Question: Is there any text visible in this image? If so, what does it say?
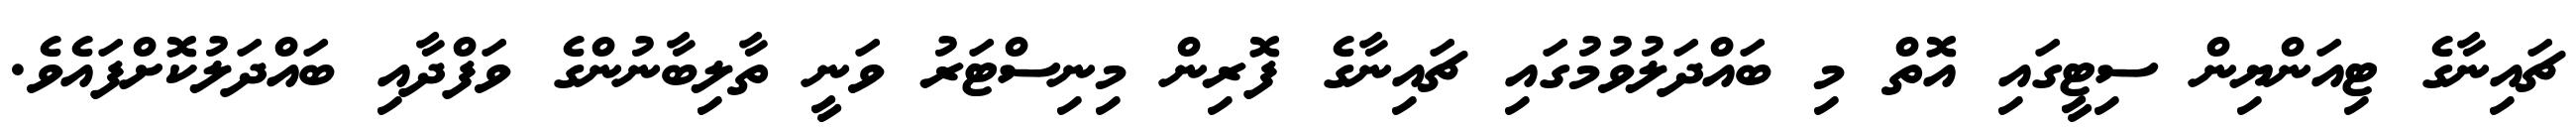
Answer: ޗައިނާގެ ޓިއަންޔިން ސިޓީގައި އޮތް މި ބައްދަލުވުމުގައި ޗައިނާގެ ފޮރިން މިނިސްޓަރު ވަނީ ތާލިބާނުންގެ ވަފްދާއި ބައްދަލުކޮށްފައެވެ.